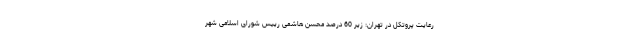
رعایت پروتکل در تهران: زیر 60 درصد محسن هاشمی رییس شورای اسلامی شهر